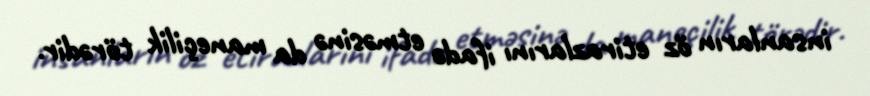
insanların öz etirazlarını ifadə etməsinə da maneçilik törədir.